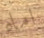
اماه